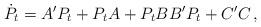
LaTeX: \begin{align*}\dot P_t& = A' P_t + P_t A + P_t B B' P_t + C' C\,,\end{align*}